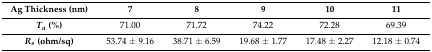
| Ag Thickness (nm) | 7 | 8 | 9 | 10 | 11 |
 | --- | --- | --- | --- | --- | --- |
 | Ta (%) | 71.00 | 71.72 | 74.22 | 72.28 | 69.39 |
 | Rs (ohm/sq) | 53.74 ± 9.16 | 38.71 ± 6.59 | 19.68 ± 1.77 | 17.48 ± 2.27 | 12.18 ± 0.74 |